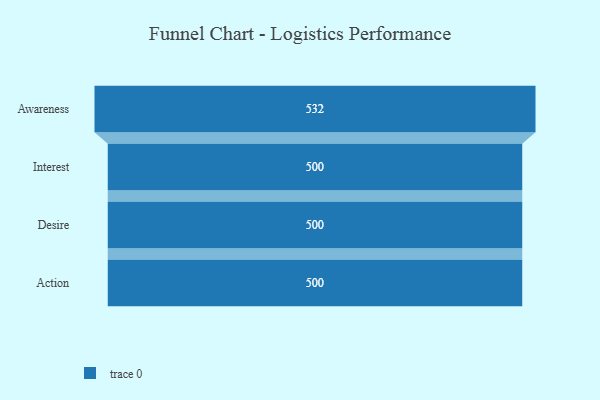
{"axis": {"x": "Stage", "y": "Value"}, "legend": [""], "data": [{"x": "Awareness", "y": 532.0, "type": ""}, {"x": "Interest", "y": 500, "type": ""}, {"x": "Desire", "y": 500, "type": ""}, {"x": "Action", "y": 500, "type": ""}]}